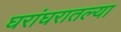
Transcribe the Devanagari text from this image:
घरांघरातल्या